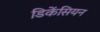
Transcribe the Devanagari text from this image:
डिकेंसियन